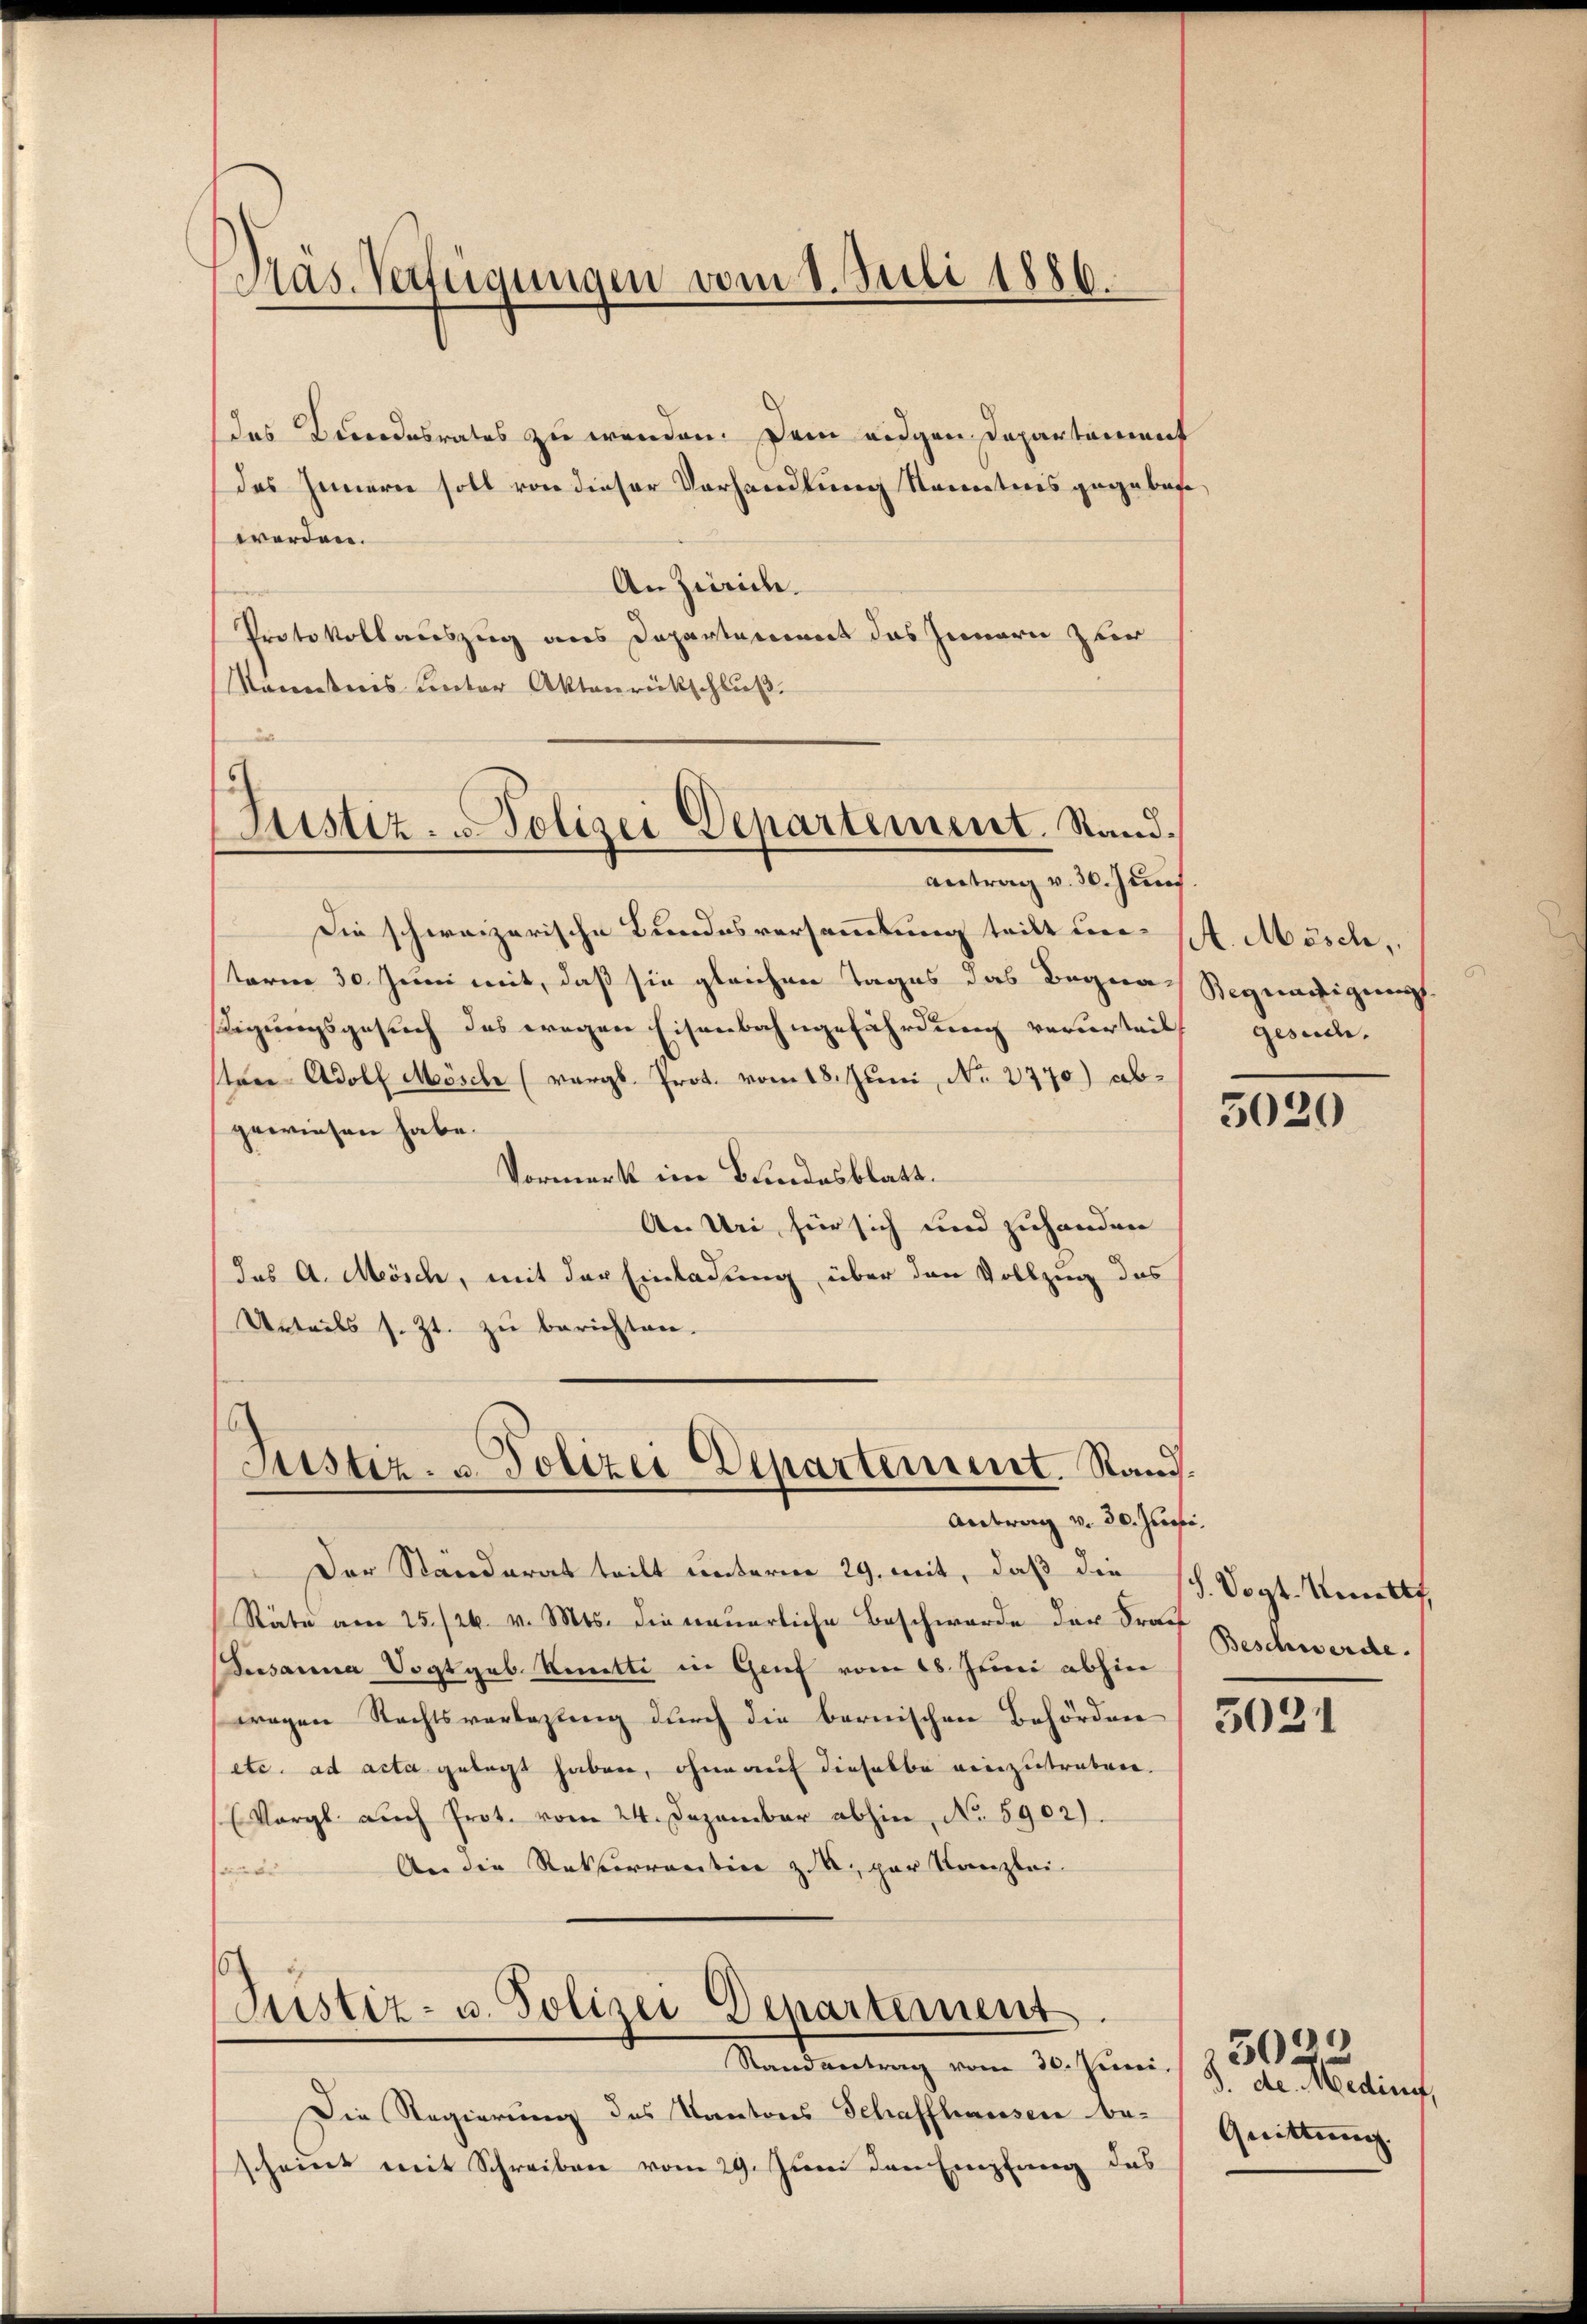
Päs. Verfügungen vom 8. Juli 1886.

des Bundesrates zu werden. Dem eidgen Departement
des Innern soll von dieser Verhandlung Kenntnis gegebene
werden.
An Zürich.
Portokollauszug aus Departement das Innern zur
kanntens Unter Aktenrückschluß.
Die schweizerische Bundesversammlung teilt um 14. Mösch,
sterne 30. Juni mit, daß sie gleichen Tages das Begnadigungsgesuch des wegen Eisenbahngefährdung verurteilt
stere Adolf Mösche (vergl. Prot. vom 18. Juni, No. 2770) abgewiesen habe.
Vormerkt im Bundesblatt.
An Uri für sich und zuhanden
(das A. Mösch, mit der Einladung über den Vollzug des
Urteils s. Zt. zu berichten.
d
Justiz- u. Polizei Departement. Stand.
Antrag v. 30. Juni
Der Standerat teilt unterm 29. mit, daß die
Räte am 25./26. v. Mts. die neuerliche Beschwerde der Sraff
Susanna Vogt geb. Komitti in Genf vom 18. Juni abhin
wegen Rechtsverlegung durch die bernischen Behörden (5634
etc. ad acta gelegt haben, ohne auf dieselbe einzutraten.
(Vergl. auch Prot. vom 24. Dezember abhin, No. 5902).
An die Rekurrentin z.B. par Kanzlei-

Justiz- & Polizei Departement. Stand.
antrag v. 30. Jun.

Pustiz- u. Polizei Departement
Mandantung vom 10. Juni 18000

Die Regierung des Kantons Schaffhausen be-
scheint mit Schreiben vom 29. Juni den Empfang des

e

Begnadigung
gesuch.

i

5020

d. Vogt. Undtf
Beschwerde.

3. de. Hedingt,
Quittung.